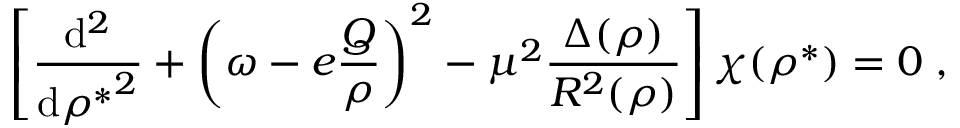
\left[ \frac { \mathrm { d } ^ { 2 } } { { \mathrm { d } { \rho } ^ { * } } ^ { 2 } } + \left( \omega - e \frac { Q } { \rho } \right) ^ { 2 } - \mu ^ { 2 } \frac { \Delta ( \rho ) } { R ^ { 2 } ( \rho ) } \right] \chi ( { \rho } ^ { * } ) = 0 \; ,